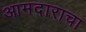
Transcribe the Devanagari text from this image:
आमदाराचा